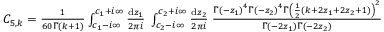
\begin{array} { r } { C _ { 5 , k } = \frac { 1 } { 6 0 \Gamma ( k + 1 ) } \int _ { c _ { 1 } - i \infty } ^ { c _ { 1 } + i \infty } \frac { \mathrm { d } z _ { 1 } } { 2 \pi i } \; \int _ { c _ { 2 } - i \infty } ^ { c _ { 2 } + i \infty } \frac { \mathrm { d } z _ { 2 } } { 2 \pi i } \; \frac { \Gamma \left( - z _ { 1 } \right) ^ { 4 } \Gamma \left( - z _ { 2 } \right) ^ { 4 } \Gamma \left( \frac { 1 } { 2 } \left( k + 2 z _ { 1 } + 2 z _ { 2 } + 1 \right) \right) ^ { 2 } } { \Gamma \left( - 2 z _ { 1 } \right) \Gamma \left( - 2 z _ { 2 } \right) } } \end{array}